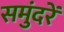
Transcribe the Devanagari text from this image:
समुंदरें